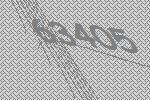
63405